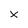
Character: X